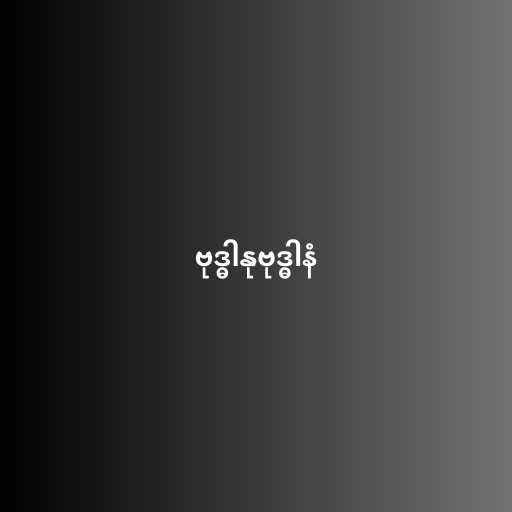
ဗုဒ္ဓါနုဗုဒ္ဓါနံ